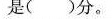
是( )分。